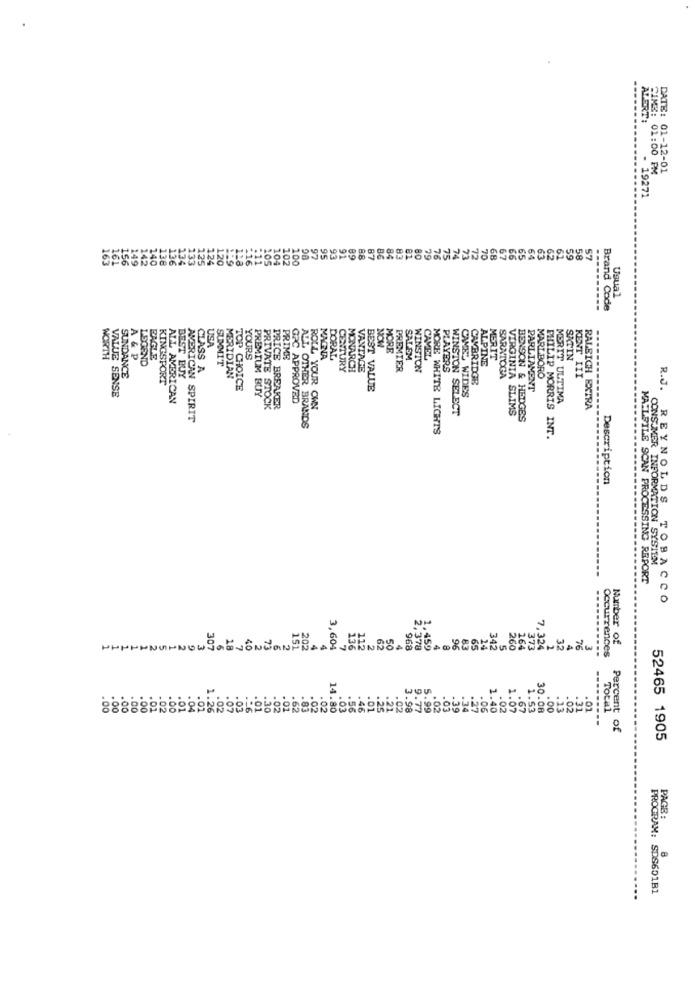
AVERT:
DATE: 01-12-01
SIMS: 01:00 PM
- 19271
138
136
125
124
:11
205
102
97
95
93
91
89
88
87
84
83
80
79
76
24
72
70
68
67
66
65
64
63
62
61
59
58
57
163
.20
104
100
Usual
Brand Code
USA
NOW
MORE
WORTH
A & P
1.SCAND
BAGLE
YOURS
PRIME
MAGNA
DORAL
SALEM
CAMEL
ALPINE
MERIT
SATIN
BEST BUY
CLASS A
SUMMIT
CENTURY
MONARCH
PREMIER
WINSTON
PLAYERS
SUNDANCE
KINGSPORT
MERIDIAN
VANTAGE
CAMBRIDGE
SARATOGA
MARLBORO
KENT III
TOP CHOICE
BEST VALUE
PARLIAMENT
VALUE SENSE
ALL AMERICAN
PREMIUM BUY
GRC APPROVED
CAVEL WIDES
MERIT ULTIMA
PRIVATE STOCK
PRICE BREAKER
ROLL YOUR OWN
WINSTON SELECT
VIRGINIA SLIMS
RALEIGH EXTRA
AMERICAN SPIRIT
BENSON & HEDGES
PHILIP MORRIS I
ALL OTHER BRANDS
MORE WHITE LIGHTS
Description
R.J. REYNOLDS
CONSUMER INFORMATION SYSTEM
MAILFILE SCAN PROCESSING REPORT
TOBACCO
307
202
3,604
.459
Number of
18
968
2,378
96
83
342
260
164
373
7,324
32
4
76
3
Occurrences
1 ..
.07
.03
.- 6
.01
.30
.02
14.80
.56
3.98
.99
.02
.03
39
.06
1.40
.02
1.07
.67
1.53
30.08
.00
.13
.02
.31
.01
Total
Percent of
52465 1905
PAGE:
8
PROGRAM: SDS601B1